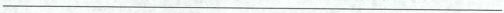
___